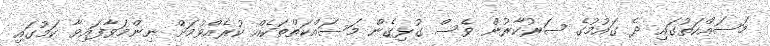
މަސައްކަތުގައި ދެ ގައުމުގެ ސަރުކާރުން ވެސް ގުޅިގެން މަސައްކަތްތަކެއް ކުރެއްވުމަށް ނިންމަވާފައިވާ ކަމުގައި